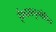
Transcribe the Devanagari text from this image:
ईश्वरानुमोदित